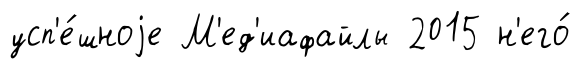
усп'е́шноjе М'ед'иафайлы 2015 н'его́